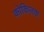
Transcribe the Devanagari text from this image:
कोकिलक